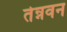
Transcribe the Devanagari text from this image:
तेन्नवन